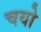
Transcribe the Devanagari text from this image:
चयो